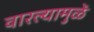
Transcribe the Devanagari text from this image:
वारल्यामुळें